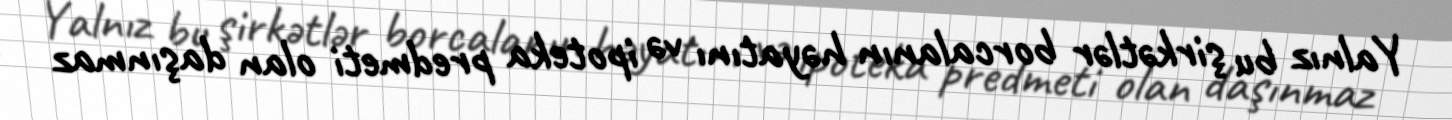
Yalnız bu şirkətlər borcalanın həyatını və ipoteka predmeti olan daşınmaz